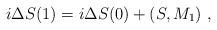
\begin{align*}i\Delta S(1)=i\Delta S(0)+(S,M_1)\ ,\end{align*}